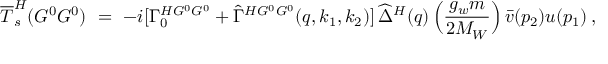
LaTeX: \overline { { { \cal T } } } _ { s } ^ { H } ( G ^ { 0 } G ^ { 0 } ) \ = \ - i [ \Gamma _ { 0 } ^ { H G ^ { 0 } G ^ { 0 } } + \widehat { \Gamma } ^ { H G ^ { 0 } G ^ { 0 } } ( q , k _ { 1 } , k _ { 2 } ) ] \, \widehat { \Delta } ^ { H } ( q ) \, \Big ( \frac { g _ { w } m } { 2 M _ { W } } \Big ) \, \bar { v } ( p _ { 2 } ) u ( p _ { 1 } ) \, ,